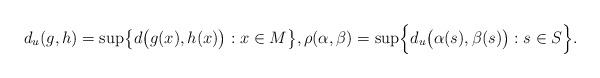
LaTeX: \begin{gather*} d_u(g,h)=\sup \bigl\{ d\bigl( g(x),h(x) \bigr) : x \in M \bigr\}, \rho(\alpha,\beta)= \sup \Bigl\{ d_u\bigl(\alpha(s),\beta(s) \bigr) : s \in S \Bigr\}.\end{gather*}